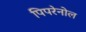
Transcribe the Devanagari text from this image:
पिपरेनोल